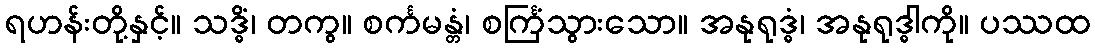
ရဟန်းတို့နှင့်။ သဒ္ဓိံ၊ တကွ။ စင်္ကမန္တံ၊ စင်္ကြံသွားသော။ အနုရုဒ္ဓံ၊ အနုရုဒ္ဓါကို။ ပဿထ